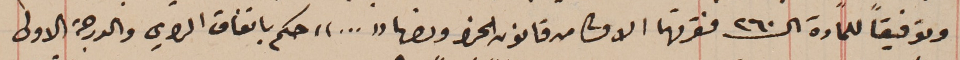
وتوفيقاً للمادة الـ٢٦٠ فقرتها الاولى من قانون الجزا ونصها "..." حكم باتفاق الراى والدرجة الاولى